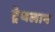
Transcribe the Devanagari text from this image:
ट्रेथलान